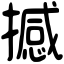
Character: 撼